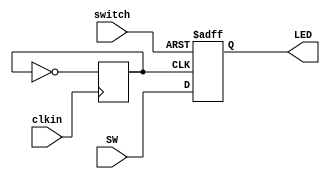
`timescale 1ns/100ps


module top(
  clkin,
  switch,
  LED,
  SW
  );

  input clkin;
  input switch;
  output [7:0] LED;
  input [7:0] SW;
  
  reg clk;
  reg [7:0] LED;
  
  always @(posedge clkin)
    clk <= ~clk;

  always @(posedge clk or posedge switch)
  begin
    if(switch)
      begin
        LED <= 8'b00000000;
      end
    else begin
      LED <= SW;
    end
  end

endmodule